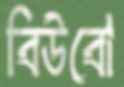
বিউবো